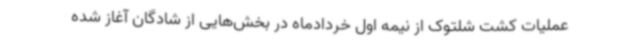
عملیات کشت شلتوک از نیمه اول خردادماه در بخش‌هایی از شادگان آغاز شده